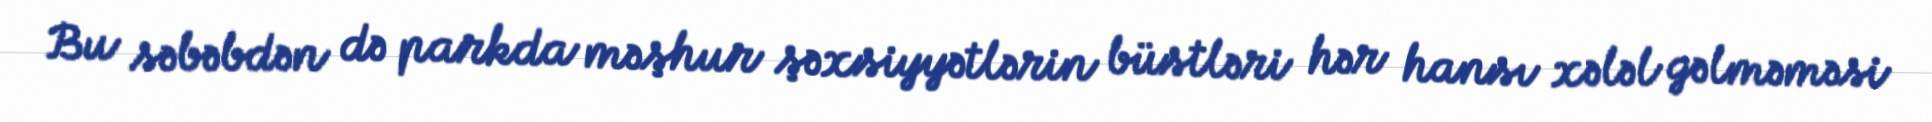
Bu səbəbdən də parkda məşhur şəxsiyyətlərin büstləri hər hansı xələl gəlməməsi